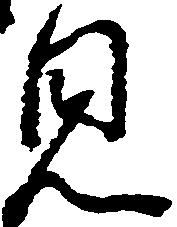
見